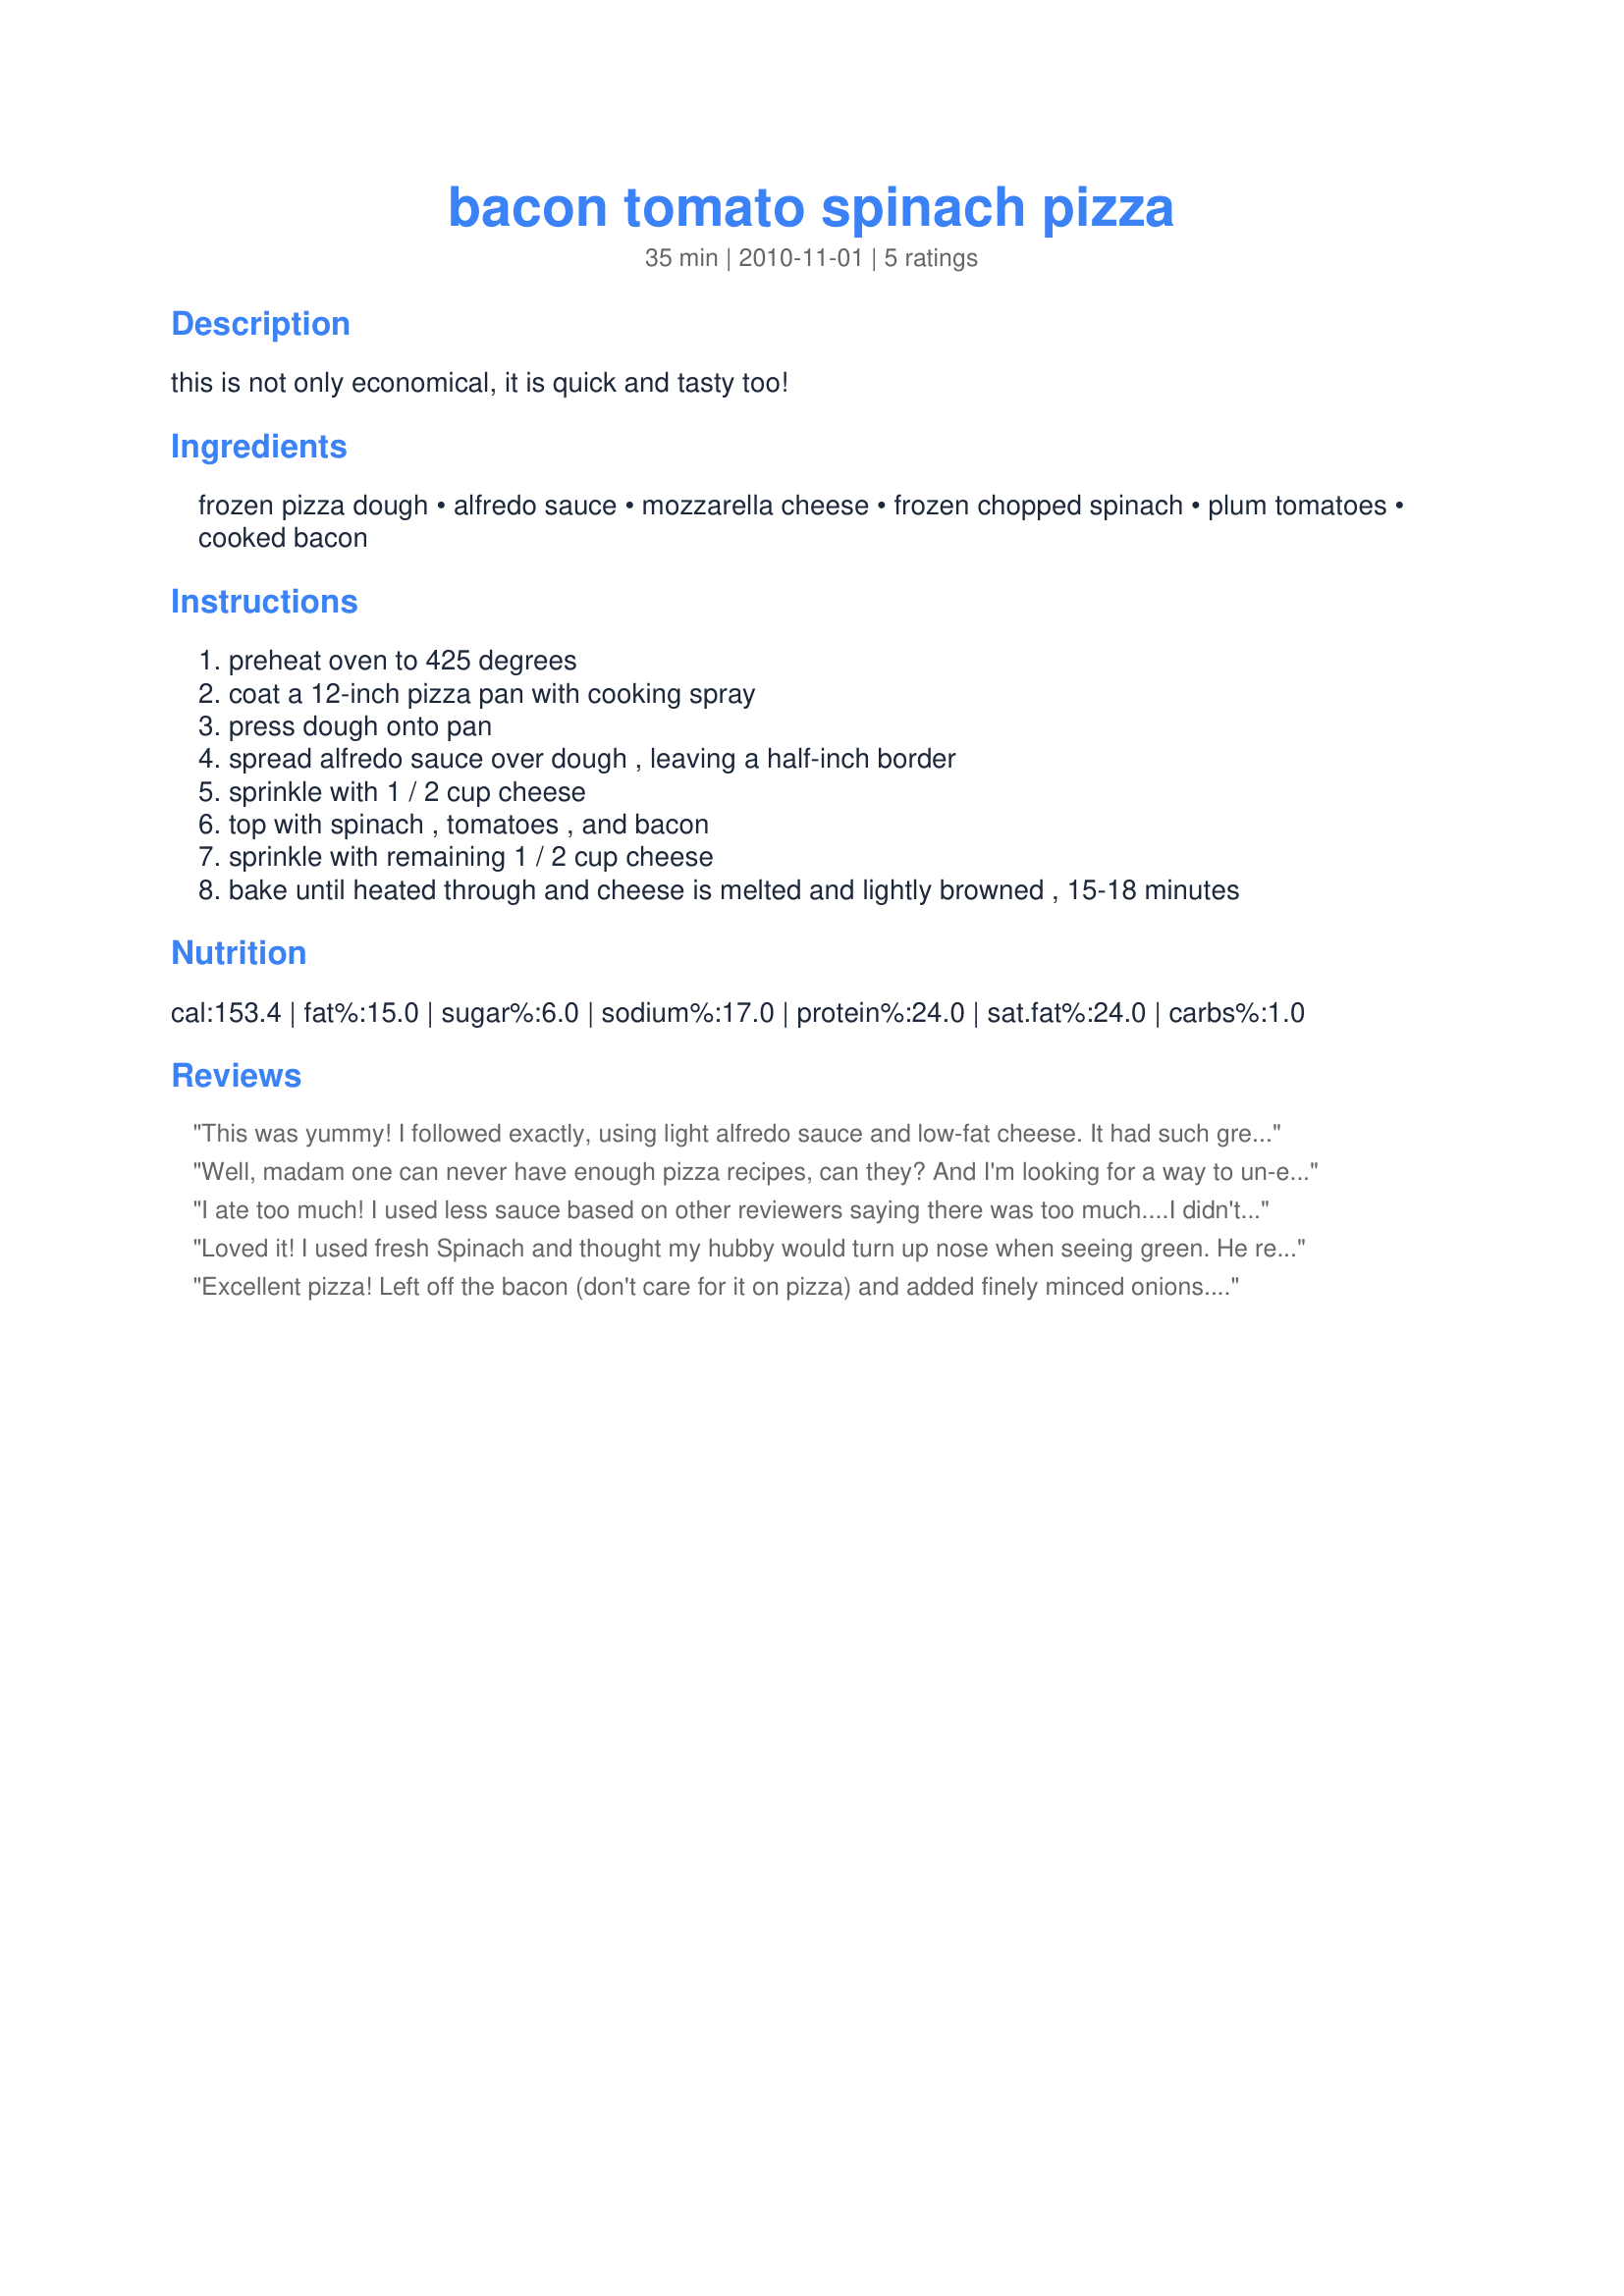
bacon tomato spinach pizza
Preparation time: 35 minutes

this is not only economical, it is quick and tasty too!

Ingredients:
frozen pizza dough, alfredo sauce, mozzarella cheese, frozen chopped spinach, plum tomatoes, cooked bacon

Steps:
preheat oven to 425 degrees
coat a 12-inch pizza pan with cooking spray
press dough onto pan
spread alfredo sauce over dough , leaving a half-inch border
sprinkle with 1 / 2 cup cheese
top with spinach , tomatoes , and bacon
sprinkle with remaining 1 / 2 cup cheese
bake until heated through and cheese is melted and lightly browned , 15-18 minutes

Reviews:
This was yummy! I followed exactly, using light alfredo sauce and low-fat cheese. It had such great flavor - different too! I think next time I will use less sauce... it got a little messy! BUT GOOD! Thanks for sharing!
Well, madam one can never have enough pizza recipes, can they? And I'm looking for a way to un-eat the large amount I've eaten. Made for PRMR.
I ate too much! I used less sauce based on other reviewers saying there was too much....I didn't notice it, and think I should have used a bit more....maybe 3/4 cup. I used fresh spinach instead of frozen and just eyeballed the amount. Also I used more cheese, and 5 slices of bacon, but it was thin sliced. I used campari tomatoes, and this was delicious! Again....I ate too much.
Loved it! I used fresh Spinach and thought my hubby would turn up nose when seeing green. He really liked it...Great pizza, made for PAC Spring 2012.
Excellent pizza! Left off the bacon (don't care for it on pizza) and added finely minced onions. May try adding sausage next time. Thanks for sharing your recipe!
